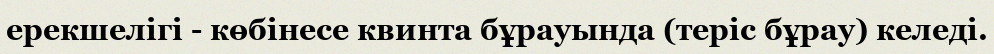
ерекшелігі - көбінесе квинта бұрауында (теріс бұрау) келеді.